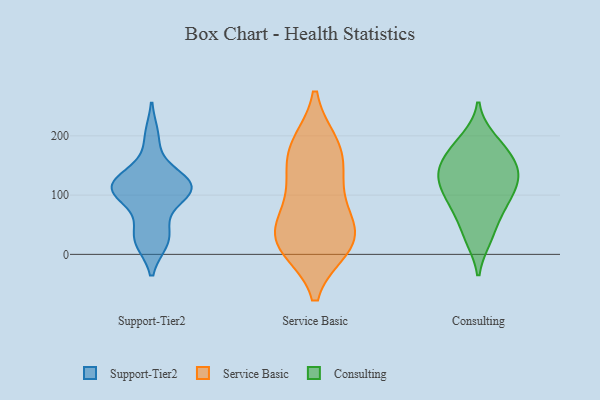
{"axis": {"x": "Customer Acquisition Cost (USD)", "y": "Value"}, "legend": ["Consulting", "Service Basic", "Support-Tier2"], "data": [{"x": "", "y": 46, "type": "Support-Tier2"}, {"x": "", "y": 21, "type": "Support-Tier2"}, {"x": "", "y": 116, "type": "Support-Tier2"}, {"x": "", "y": 114, "type": "Support-Tier2"}, {"x": "", "y": 22, "type": "Support-Tier2"}, {"x": "", "y": 199, "type": "Support-Tier2"}, {"x": "", "y": 106, "type": "Support-Tier2"}, {"x": "", "y": 138, "type": "Support-Tier2"}, {"x": "", "y": 98, "type": "Support-Tier2"}, {"x": "", "y": 118, "type": "Support-Tier2"}, {"x": "", "y": 110, "type": "Support-Tier2"}, {"x": "", "y": 107, "type": "Service Basic"}, {"x": "", "y": 177, "type": "Service Basic"}, {"x": "", "y": 13, "type": "Service Basic"}, {"x": "", "y": 38, "type": "Service Basic"}, {"x": "", "y": 64, "type": "Service Basic"}, {"x": "", "y": 28, "type": "Service Basic"}, {"x": "", "y": 126, "type": "Service Basic"}, {"x": "", "y": 184, "type": "Service Basic"}, {"x": "", "y": 173, "type": "Service Basic"}, {"x": "", "y": 21, "type": "Service Basic"}, {"x": "", "y": 18, "type": "Service Basic"}, {"x": "", "y": 153, "type": "Consulting"}, {"x": "", "y": 120, "type": "Consulting"}, {"x": "", "y": 96, "type": "Consulting"}, {"x": "", "y": 139, "type": "Consulting"}, {"x": "", "y": 77, "type": "Consulting"}, {"x": "", "y": 115, "type": "Consulting"}, {"x": "", "y": 27, "type": "Consulting"}, {"x": "", "y": 26, "type": "Consulting"}, {"x": "", "y": 190, "type": "Consulting"}, {"x": "", "y": 117, "type": "Consulting"}, {"x": "", "y": 169, "type": "Consulting"}, {"x": "", "y": 64, "type": "Consulting"}, {"x": "", "y": 195, "type": "Consulting"}, {"x": "", "y": 137, "type": "Consulting"}, {"x": "", "y": 84, "type": "Consulting"}, {"x": "", "y": 142, "type": "Consulting"}, {"x": "", "y": 167, "type": "Consulting"}]}